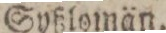
Syßlomän.